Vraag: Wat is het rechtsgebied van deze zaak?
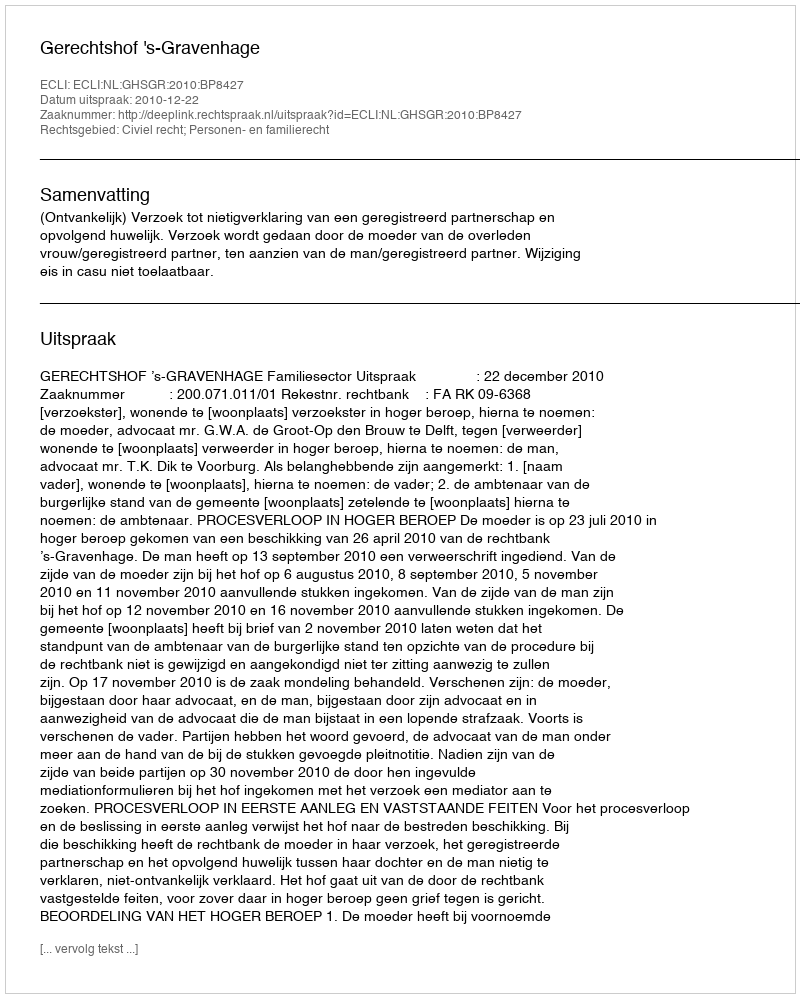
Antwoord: Civiel recht; Personen- en familierecht